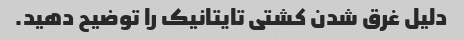
دلیل غرق شدن کشتی تایتانیک را توضیح دهید.